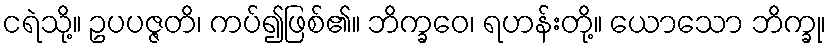
ငရဲသို့။ ဥပပဇ္ဇတိ၊ ကပ်၍ဖြစ်၏။ ဘိက္ခဝေ၊ ရဟန်းတို့။ ယောသော ဘိက္ခု၊